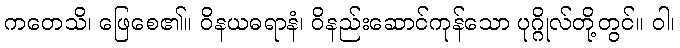
ကတေသိ၊ ဖြေစေ၏။ ဝိနယဓရာနံ၊ ဝိနည်းဆောင်ကုန်သော ပုဂ္ဂိုလ်တို့တွင်။ ဝါ၊